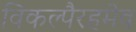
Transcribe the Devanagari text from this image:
विकल्पैरहमेव